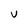
Character: I